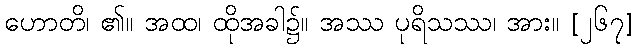
ဟောတိ၊ ၏။ အထ၊ ထိုအခါ၌။ အဿ ပုရိသဿ၊ အား။ [၂၆၇]